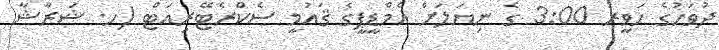
ދުވަހުގެ ހަވީރު 3:00 ގެ ނިޔަލަށް އެމްޑީޕީގެ ޤައުމީ ސެކްރެޓޭރިއަޓް (ހ. ޝަރާޝާ